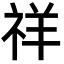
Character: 祥